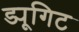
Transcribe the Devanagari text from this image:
ड्यूगिट